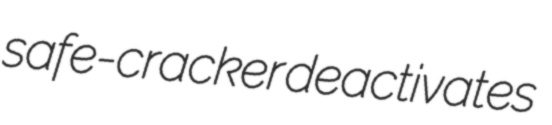
safe-cracker deactivates